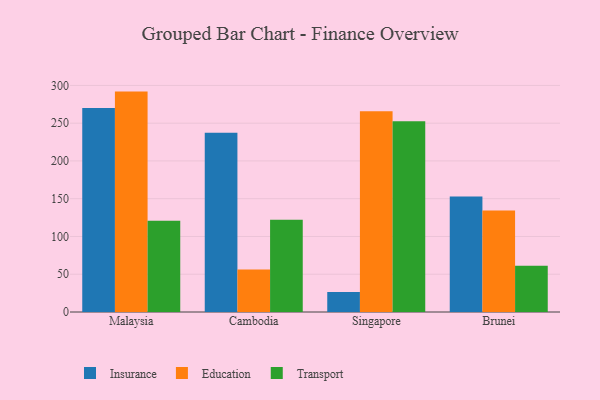
{"axis": {"x": "Country", "y": "Gross Profit (USD K)"}, "legend": ["Education", "Insurance", "Transport"], "data": [{"x": "Malaysia", "y": 270.0, "type": "Insurance"}, {"x": "Malaysia", "y": 291.8, "type": "Education"}, {"x": "Malaysia", "y": 120.8, "type": "Transport"}, {"x": "Cambodia", "y": 237.2, "type": "Insurance"}, {"x": "Cambodia", "y": 56.4, "type": "Education"}, {"x": "Cambodia", "y": 122.1, "type": "Transport"}, {"x": "Singapore", "y": 26.5, "type": "Insurance"}, {"x": "Singapore", "y": 265.9, "type": "Education"}, {"x": "Singapore", "y": 252.7, "type": "Transport"}, {"x": "Brunei", "y": 152.9, "type": "Insurance"}, {"x": "Brunei", "y": 134.5, "type": "Education"}, {"x": "Brunei", "y": 61.3, "type": "Transport"}]}